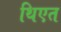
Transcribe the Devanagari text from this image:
थिएत